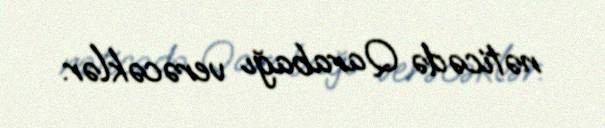
nəticədə Qarabağı verəcəklər.